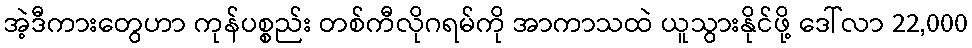
အဲ့ဒီကားတွေဟာ ကုန်ပစ္စည်း တစ်ကီလိုဂရမ်ကို အာကာသထဲ ယူသွားနိုင်ဖို့ ဒေါ်လာ 22,000